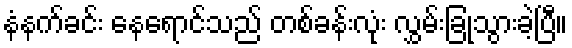
နံနက်ခင်း နေရောင်သည် တစ်ခန်းလုံး လွှမ်းခြုံသွားခဲ့ပြီ။